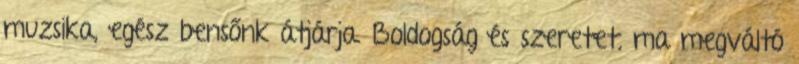
muzsika, egész bensőnk átjárja. Boldogság és szeretet, ma megváltó